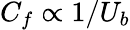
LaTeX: C_{f}\propto 1/U_{b}